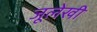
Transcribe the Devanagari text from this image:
जूलेखी